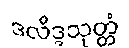
ဒလိဒ္ဒသုတ္တံ